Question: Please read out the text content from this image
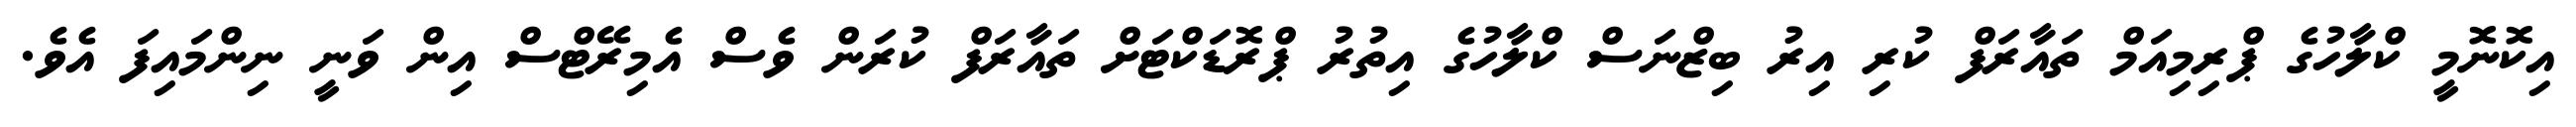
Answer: އިކޮނޮމީ ކްލާހުގެ ޕްރިމިއަމް ތައާރަފް ކުރި އިރު ބިޒްނަސް ކްލާހުގެ އިތުރު ޕްރޮޑަކްޓަށް ތައާރަފް ކުރަން ވެސް އެމިރޭޓްސް އިން ވަނީ ނިންމައިފަ އެވެ.